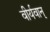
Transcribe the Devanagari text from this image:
वीर्यवान्